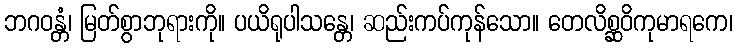
ဘဂဝန္တံ၊ မြတ်စွာဘုရားကို။ ပယိရုပါသန္တေ၊ ဆည်းကပ်ကုန်သော။ တေလိစ္ဆဝိကုမာရကေ၊